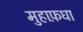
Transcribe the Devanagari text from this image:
मुहाफ़धा